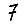
Digit: 7